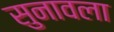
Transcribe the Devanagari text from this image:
सुनावला